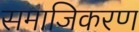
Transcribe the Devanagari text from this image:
समाजिकरण